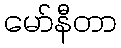
မော်နီတာ